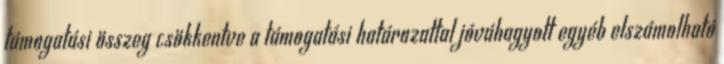
támogatási összeg csökkentve a támogatási határozattal jóváhagyott egyéb elszámolható